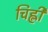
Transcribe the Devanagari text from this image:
चिह्ली